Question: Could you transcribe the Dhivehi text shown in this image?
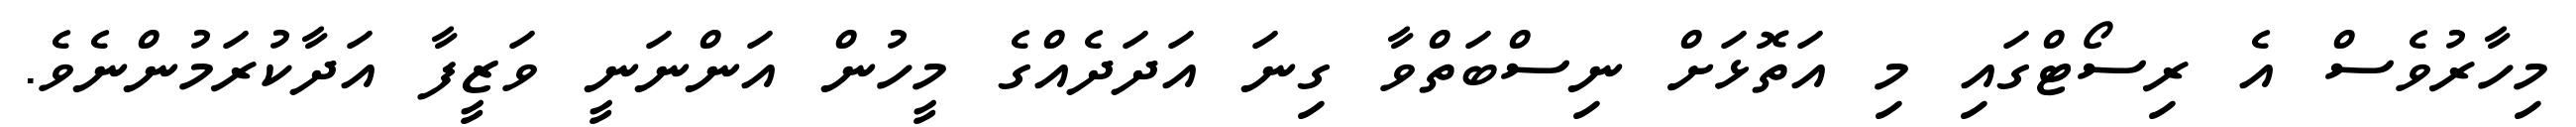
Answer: މިހާރުވެސް އެ ރިސޯޓްގައި މި އަތޮޅަށް ނިސްބަތްވާ ގިނަ އަދަދެއްގެ މީހުން އަންނަނީ ވަޒީފާ އަދާކުރަމުންނެވެ.